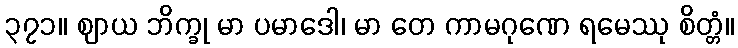
၃၇၁။ ဈာယ ဘိက္ခု မာ ပမာဒေါ၊ မာ တေ ကာမဂုဏေ ရမေဿု စိတ္တံ။